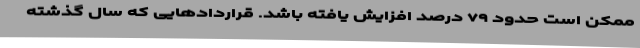
ممکن است حدود ۷۹ درصد افزایش یافته باشد. قراردادهایی که سال گذشته